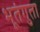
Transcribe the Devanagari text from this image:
भूतंगुता